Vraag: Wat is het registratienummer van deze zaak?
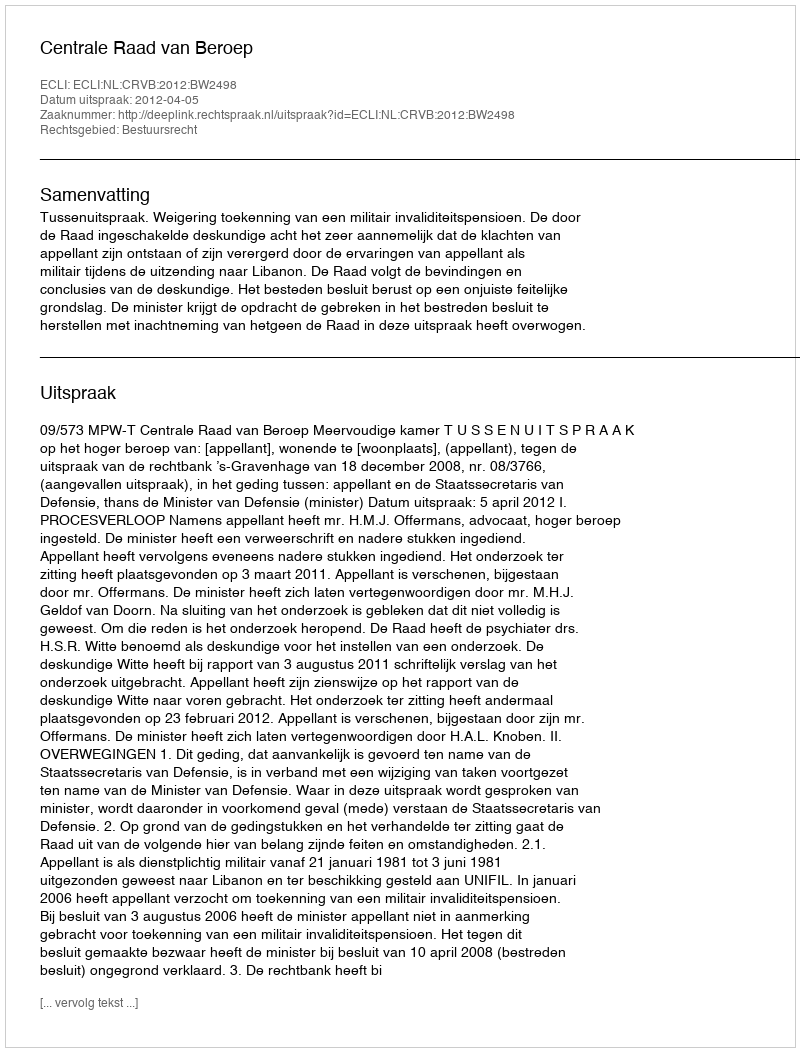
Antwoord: http://deeplink.rechtspraak.nl/uitspraak?id=ECLI:NL:CRVB:2012:BW2498